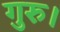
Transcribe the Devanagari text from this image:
गुरु।